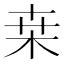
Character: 桒